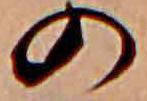
の